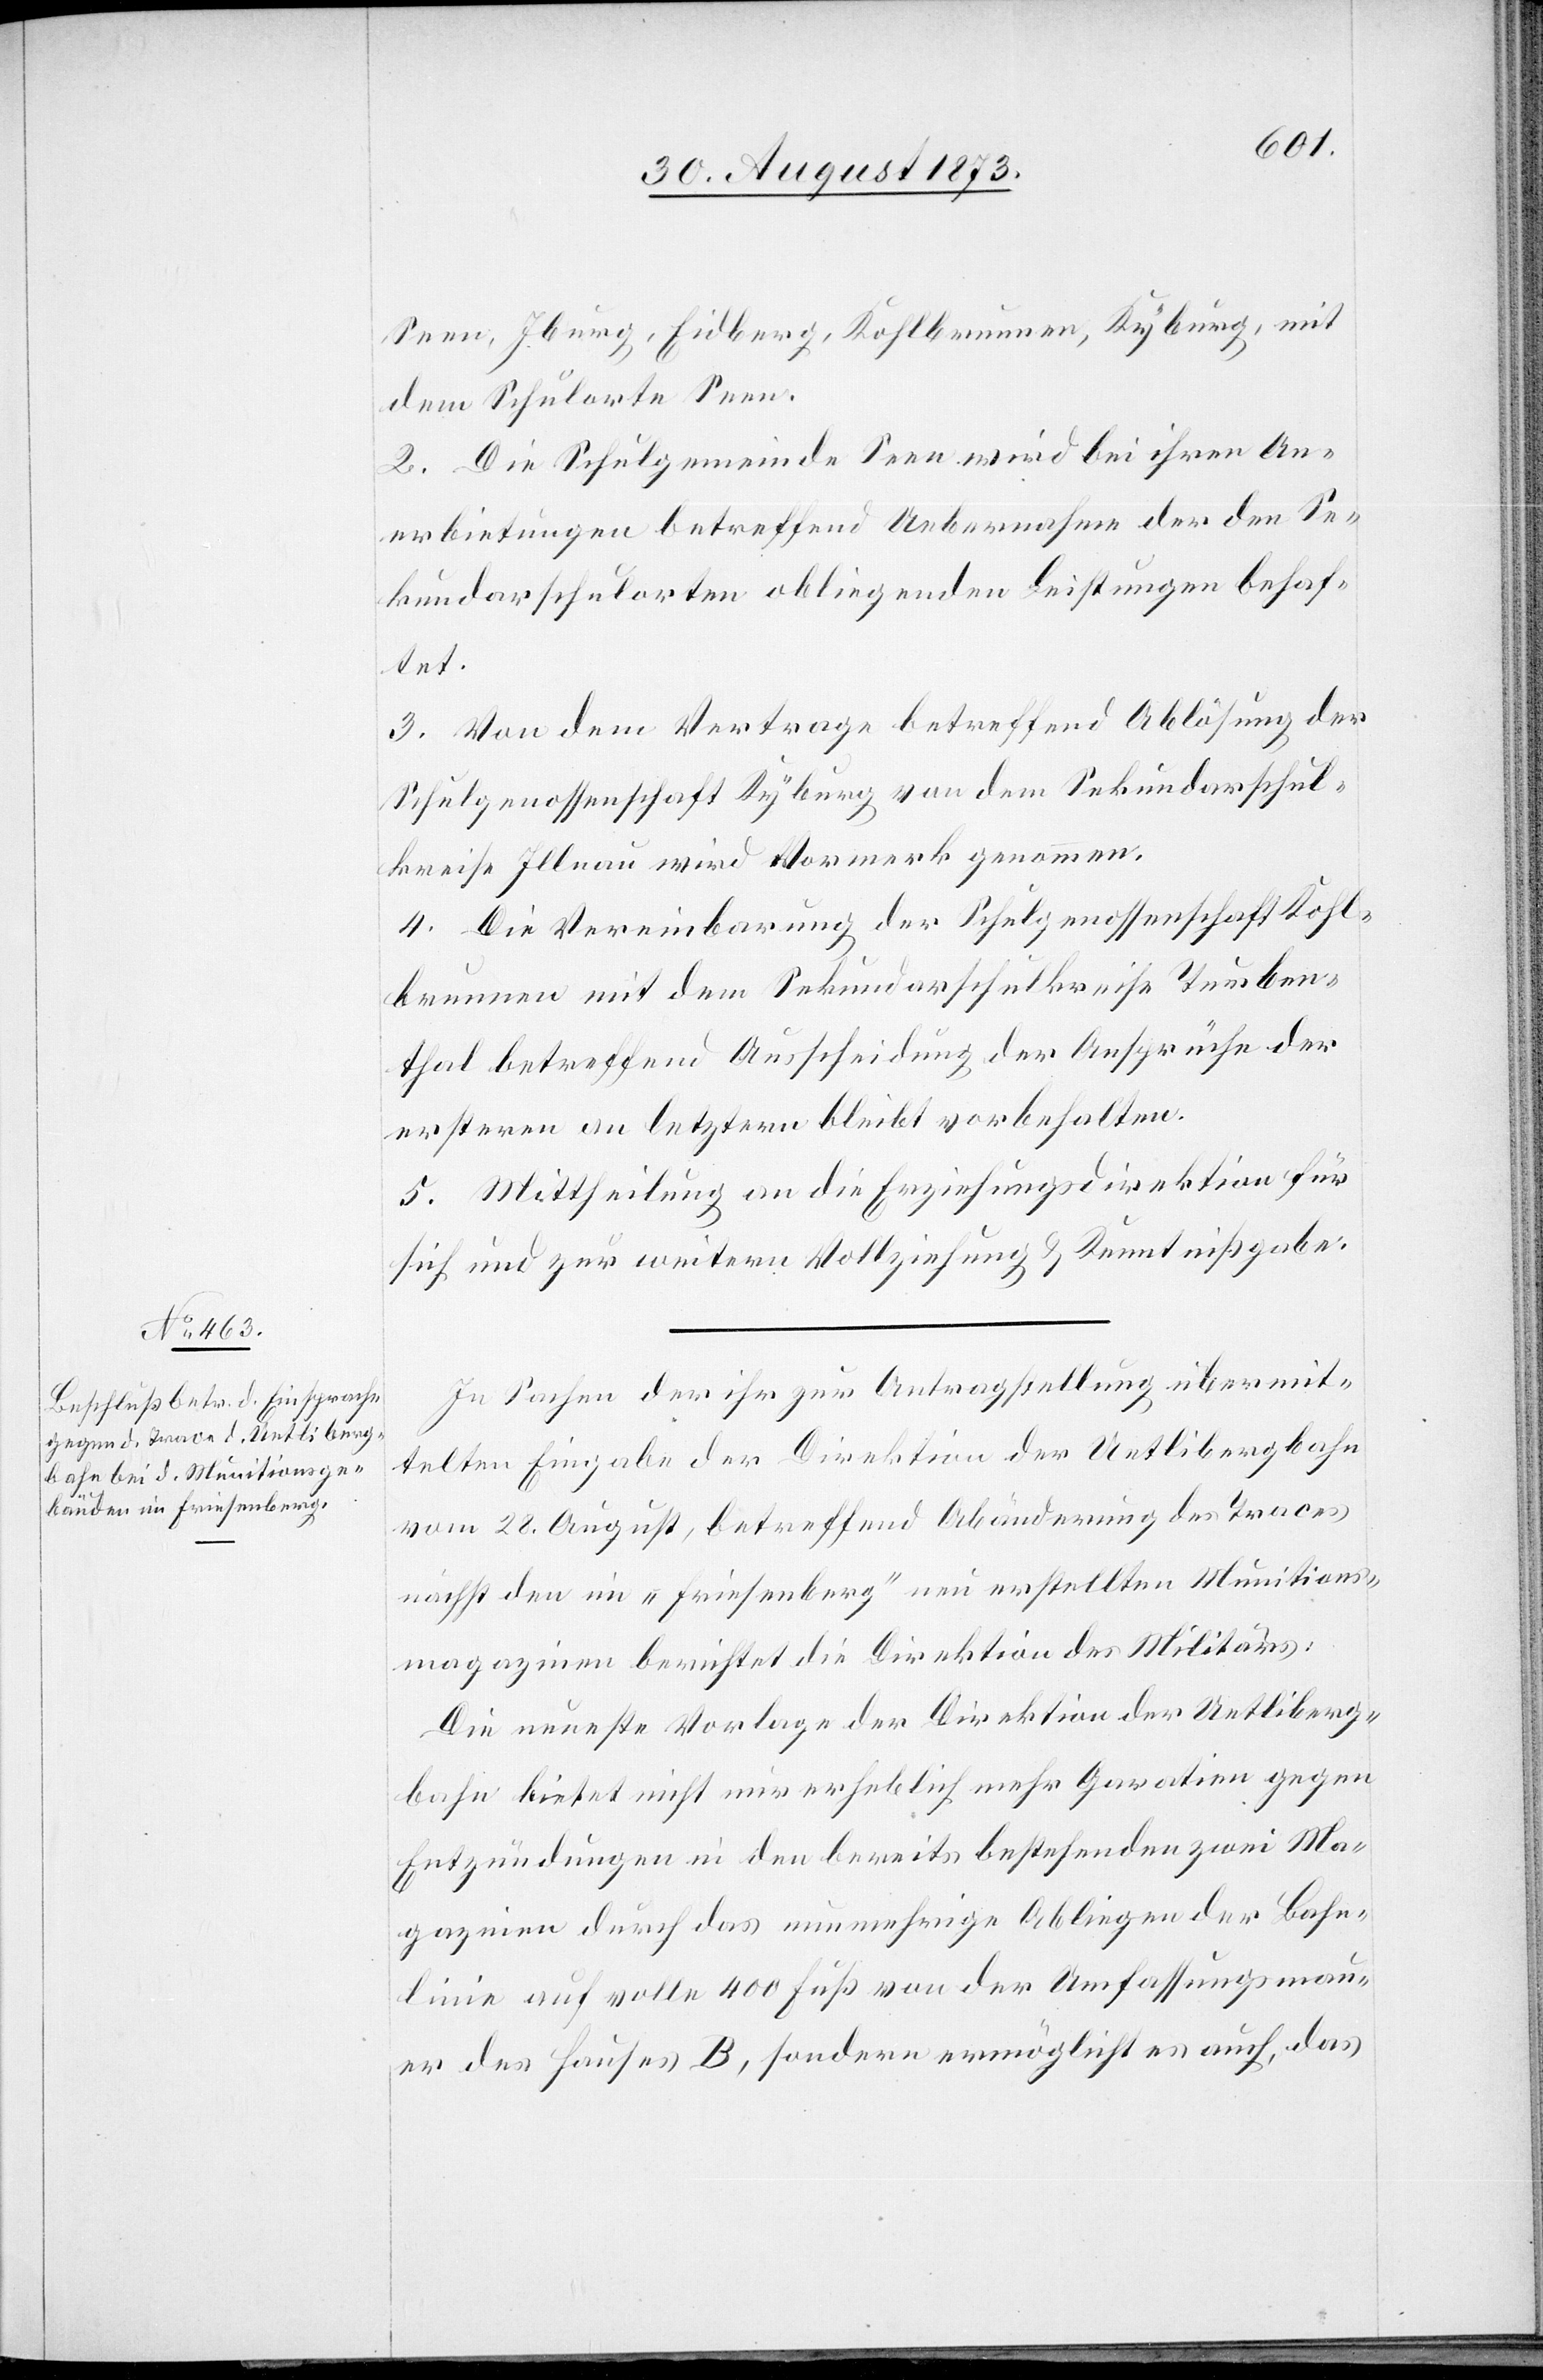
Seen, Iburg, Eidberg, Kohlbrunnen, Kyburg, mit
dem Schulorte Seen.
2. Die Schulgemeinde Seen wird bei ihren An¬
erbietungen betreffend Uebernahme der den Se¬
kundarschulorten obliegenden Leistungen behaf¬
tet.
3. Von dem Vertrage betreffend Ablösung der
Schulgenossenschaft Kyburg von dem Sekundarschul¬
kreise Illnau wird Vormerk genommen.
4. Die Vereinbarung der Schulgenossenschaft Kohl¬
brunnen mit dem Sekundarschulkreise Turben¬
thal betreffend Ausscheidung der Ansprüche der
ersteren an letztern bleibt vorbehalten.
5. Mittheilung an die Erziehungsdirektion für
sich und zur weitern Vollziehung & Kenntnißgabe.
In Sachen der ihr zur Antragstellung übermit¬
telten Eingabe der Direktion der Uetlibergbahn
vom 28. August, betreffend Abänderung des Traces
nächst den im „Friesenberg“ neu erstellten Munitions¬
magazinen berichtet die Direktion des Militärs:
Die neueste Vorlage der Direktion der Uetliberg¬
bahn bietet nicht nur erheblich mehr Gara[n]tien gegen
Entzündungen in den bereits bestehenden zwei Ma¬
gazinen durch das nunmehrige Abliegen der Bahn¬
linie auf volle 400 Fuß von der Umfassungsmau¬
er des Hauses B, sondern ermöglicht es auch, das